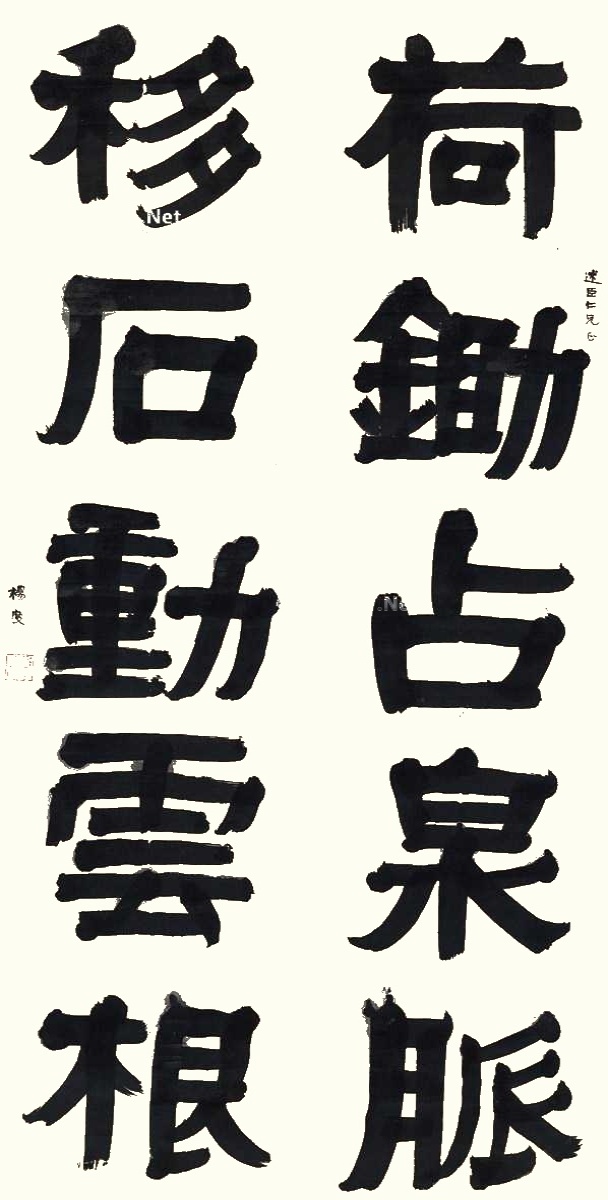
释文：荷锄占泉脉，移石动云根。述臣仁兄正，杨度。